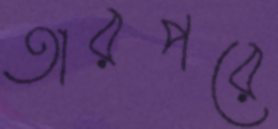
তারপরে